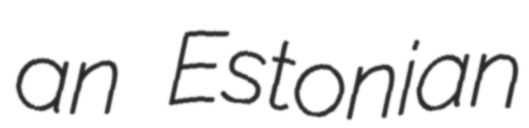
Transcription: an Estonian